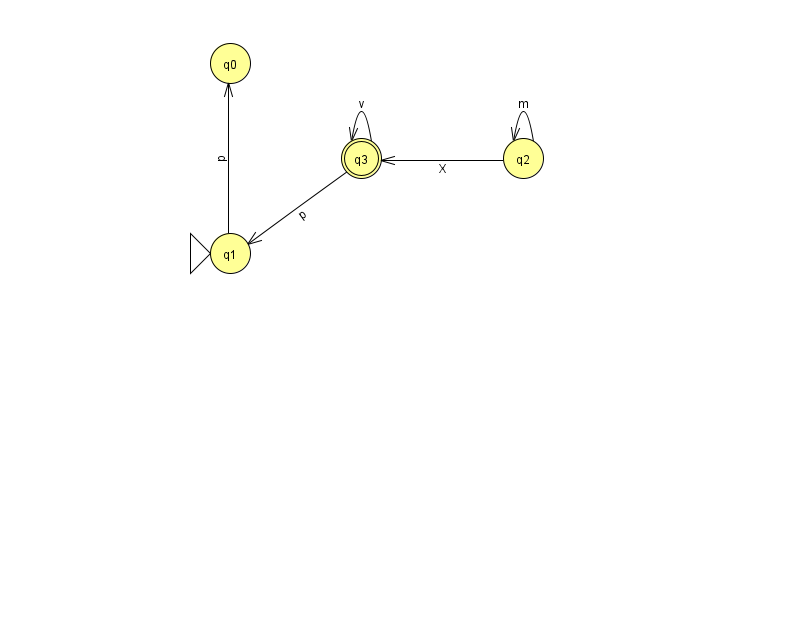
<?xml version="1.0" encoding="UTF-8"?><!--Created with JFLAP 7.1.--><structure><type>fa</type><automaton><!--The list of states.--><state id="0" name="q0"><x>230.0</x><y>50.0</y></state><state id="1" name="q1"><x>230.0</x><y>240.0</y><initial/></state><state id="2" name="q2"><x>523.0</x><y>145.0</y></state><state id="3" name="q3"><x>361.0</x><y>145.0</y><final/></state><!--The list of transitions.--><transition><from>3</from><to>1</to><read>p</read></transition><transition><from>3</from><to>3</to><read>v</read></transition><transition><from>1</from><to>0</to><read>p</read></transition><transition><from>2</from><to>2</to><read>m</read></transition><transition><from>2</from><to>3</to><read>X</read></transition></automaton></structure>